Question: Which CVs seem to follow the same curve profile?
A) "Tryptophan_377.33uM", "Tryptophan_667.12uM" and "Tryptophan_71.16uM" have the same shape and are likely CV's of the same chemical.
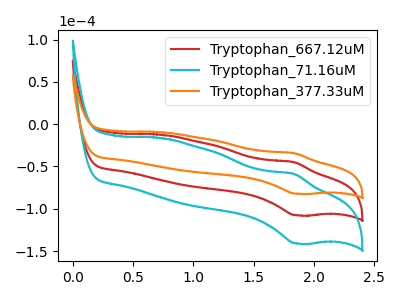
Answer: <think>The red curve "Tryptophan_667.12uM" has an anodic peak at (1.85V, -44.90uA) and a cathodic peak at (1.85V, -107.70uA). The cyan curve "Tryptophan_71.16uM" has an anodic peak at (1.85V, -89.75uA) and a cathodic peak at (1.85V, -215.35uA). The orange curve "Tryptophan_377.33uM" has an anodic peak at (1.85V, -34.25uA) and a cathodic peak at (1.85V, -82.20uA).
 All the peaks in "Tryptophan_667.12uM" have a peak in "Tryptophan_71.16uM" at the same potential. All the peaks in "Tryptophan_667.12uM" have a peak in "Tryptophan_377.33uM" at the same potential. All the peaks in "Tryptophan_71.16uM" have a peak in "Tryptophan_377.33uM" at the same potential.</think>
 <answer>A) "Tryptophan_377.33uM", "Tryptophan_667.12uM" and "Tryptophan_71.16uM" have the same shape and are likely CV's of the same chemical.</answer>
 <eval>A</eval>